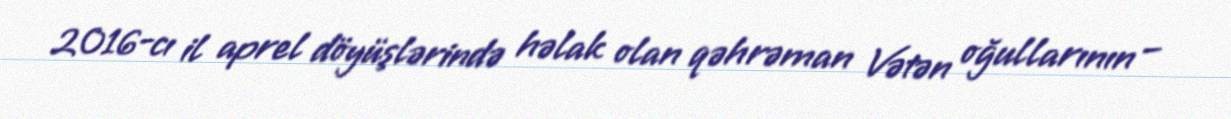
2016-cı il aprel döyüşlərində həlak olan qəhrəman Vətən oğullarının –